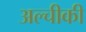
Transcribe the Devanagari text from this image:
अल्चीकी